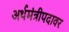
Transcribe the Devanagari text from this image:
अर्थमंत्रीपदावर